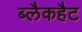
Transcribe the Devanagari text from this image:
ब्लैकहैट